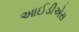
આઈડીએસ